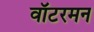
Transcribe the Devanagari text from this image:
वॉटरमन